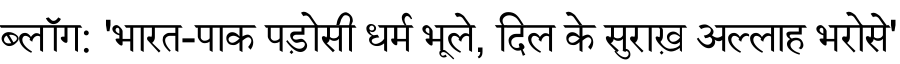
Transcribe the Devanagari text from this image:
ब्लॉग: 'भारत-पाक पड़ोसी धर्म भूले, दिल के सुराख़ अल्लाह भरोसे'